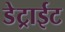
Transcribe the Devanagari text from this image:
डेट्राईट